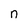
Character: n